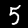
Digit: 5